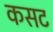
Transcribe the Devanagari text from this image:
कसट